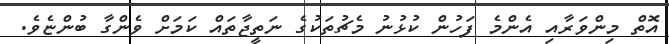
އޮތް މިންވަރާއި އެންމެ ފަހުން ކުޅުނު މެޗުތަކުގެ ނަތީޖާތައް ކަމަށް ވެންގާ ބުންޏެވެ.